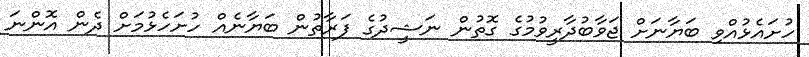
ހުށައެޅުއްވި ބަޔާނަށް ޖަވާބުދާރީވުމުގެ ގޮތުން ނަޝީދުގެ ފަރާތުން ބަޔާނެއް ހުށަހެޅުމަށް ދެން އޮންނަ